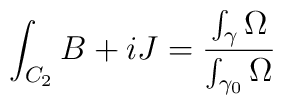
\int_{C_2} B + iJ = {{\int_{\gamma} \Omega} \over  {\int_{\gamma_0} \Omega }}